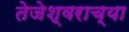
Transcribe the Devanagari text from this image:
तेजेश्वराच्या